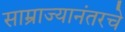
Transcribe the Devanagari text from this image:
साम्राज्यानंतरचे